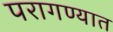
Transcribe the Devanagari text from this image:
परागण्यात